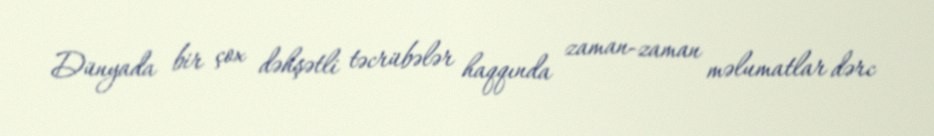
Dünyada bir çox dəhşətli təcrübələr haqqında zaman-zaman məlumatlar dərc